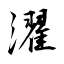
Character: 濯